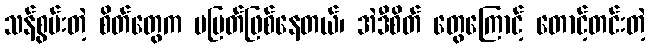
သန်စွမ်းတဲ့ စိတ်တွေက မပြတ်ဖြစ်နေတယ်၊ အဲဒီစိတ် တွေကြောင့် တောင့်တင်းတဲ့